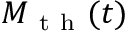
M _ { \mathrm { ~ t ~ h ~ } } ( t )